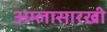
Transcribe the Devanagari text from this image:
अम्लासारखी